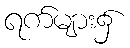
ရက်များ၌